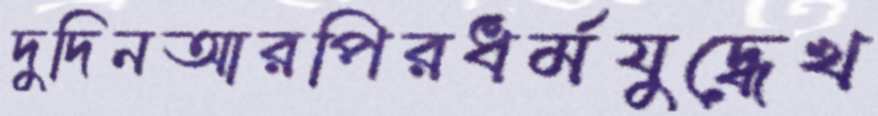
দুদিনআরপিরধর্মযুদ্ধেখ